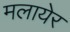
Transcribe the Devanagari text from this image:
मलायेर